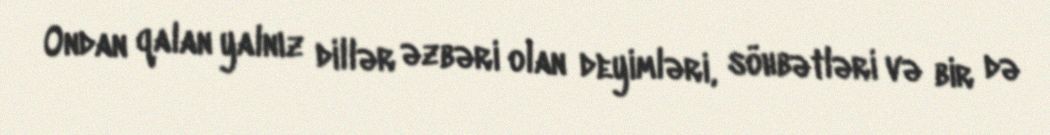
Ondan qalan yalnız dillər əzbəri olan deyimləri, söhbətləri və bir də